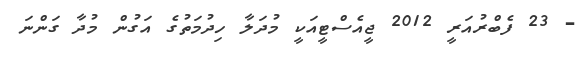
- 23 ފެބްރުއަރީ 2012 ޖީއެސްޓީއަކީ މުދަލާ ހިދުމަތުގެ އަގުން މުދާ ގަންނަ